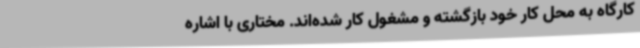
کارگاه به محل کار خود بازگشته و مشغول کار شده‌اند. مختاری با اشاره